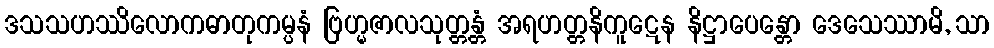
ဒသသဟဿိလောကဓာတုကမ္ပနံ ဗြဟ္မဇာလသုတ္တန္တံ အရဟတ္တနိကူဋေန နိဋ္ဌာပေန္တော ဒေသေဿာမိ, သာ